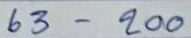
63 - 200